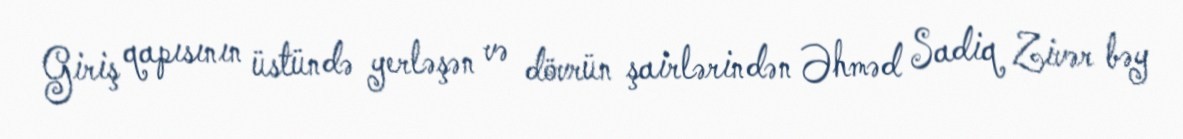
Giriş qapısının üstündə yerləşən və dövrün şairlərindən Əhməd Sadiq Zivər bəy